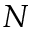
N